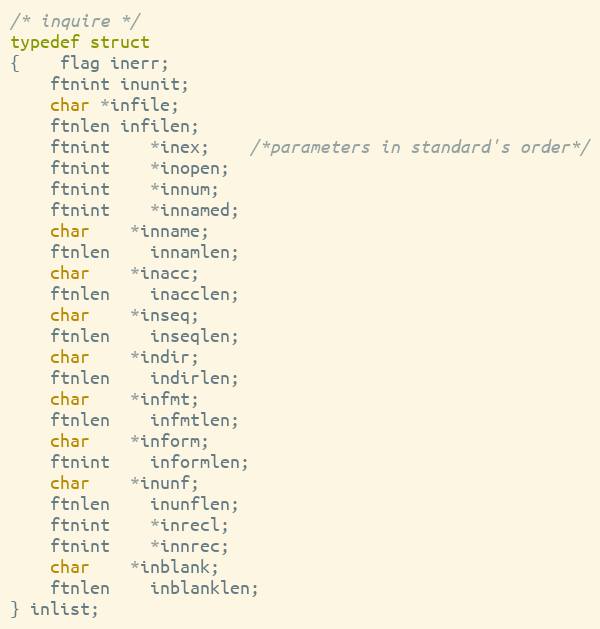
Language: C
/* inquire */
typedef struct
{	flag inerr;
	ftnint inunit;
	char *infile;
	ftnlen infilen;
	ftnint	*inex;	/*parameters in standard's order*/
	ftnint	*inopen;
	ftnint	*innum;
	ftnint	*innamed;
	char	*inname;
	ftnlen	innamlen;
	char	*inacc;
	ftnlen	inacclen;
	char	*inseq;
	ftnlen	inseqlen;
	char 	*indir;
	ftnlen	indirlen;
	char	*infmt;
	ftnlen	infmtlen;
	char	*inform;
	ftnint	informlen;
	char	*inunf;
	ftnlen	inunflen;
	ftnint	*inrecl;
	ftnint	*innrec;
	char	*inblank;
	ftnlen	inblanklen;
} inlist;